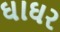
ઘાઘર